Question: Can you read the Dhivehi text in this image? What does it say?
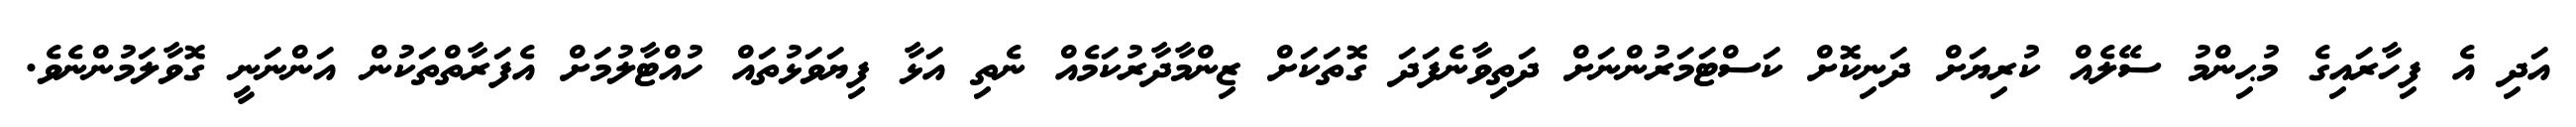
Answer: އަދި އެ ފިހާރައިގެ މުޙިންމު ސޭލެއް ކުރިޔަށް ދަނިކޮށް ކަސްޓަމަރުންނަށް ދަތިވާނެފަދަ ގޮތަކަށް ޒިންމާދާރުކަމެއް ނެތި އަޅާ ފިޔަވަޅުތައް ހުއްޓާލުމަށް އެފަރާތްތަކުން އަންނަނީ ގޮވާލަމުންނެވެ.